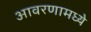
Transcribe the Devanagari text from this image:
आवरणामध्ये